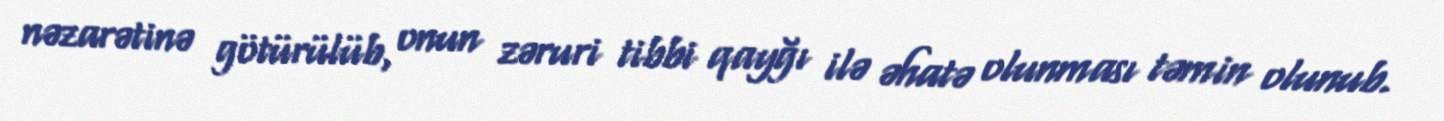
nəzarətinə götürülüb, onun zəruri tibbi qayğı ilə əhatə olunması təmin olunub.